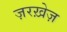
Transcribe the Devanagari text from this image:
ज़रख़ेज़